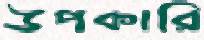
উপকারি